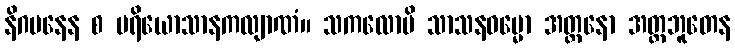
နိဂမနေန စ ပရိယောသာနကလျာဏံ။ သကလောပိ သာသနဓမ္မော အတ္တနော အတ္ထဘူတေန